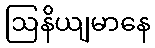
ဩနိယျမာနေ